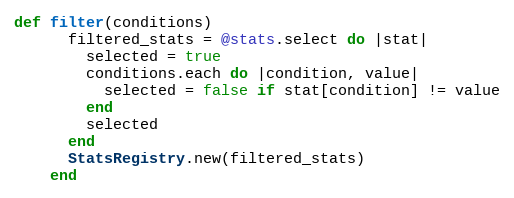
Language: Ruby
def filter(conditions)
      filtered_stats = @stats.select do |stat|
        selected = true
        conditions.each do |condition, value|
          selected = false if stat[condition] != value
        end
        selected
      end
      StatsRegistry.new(filtered_stats)
    end